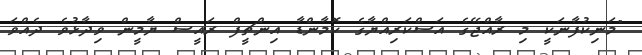
"މަނިކުފާނަކީ މި ރާއްޖޭގެ އަސްކަރިއްޔާގެ ކޮމާންޑާ އިންޗީފް ރައީސް ޔާމީން ވިދާޅުވެ ދެއްވަ